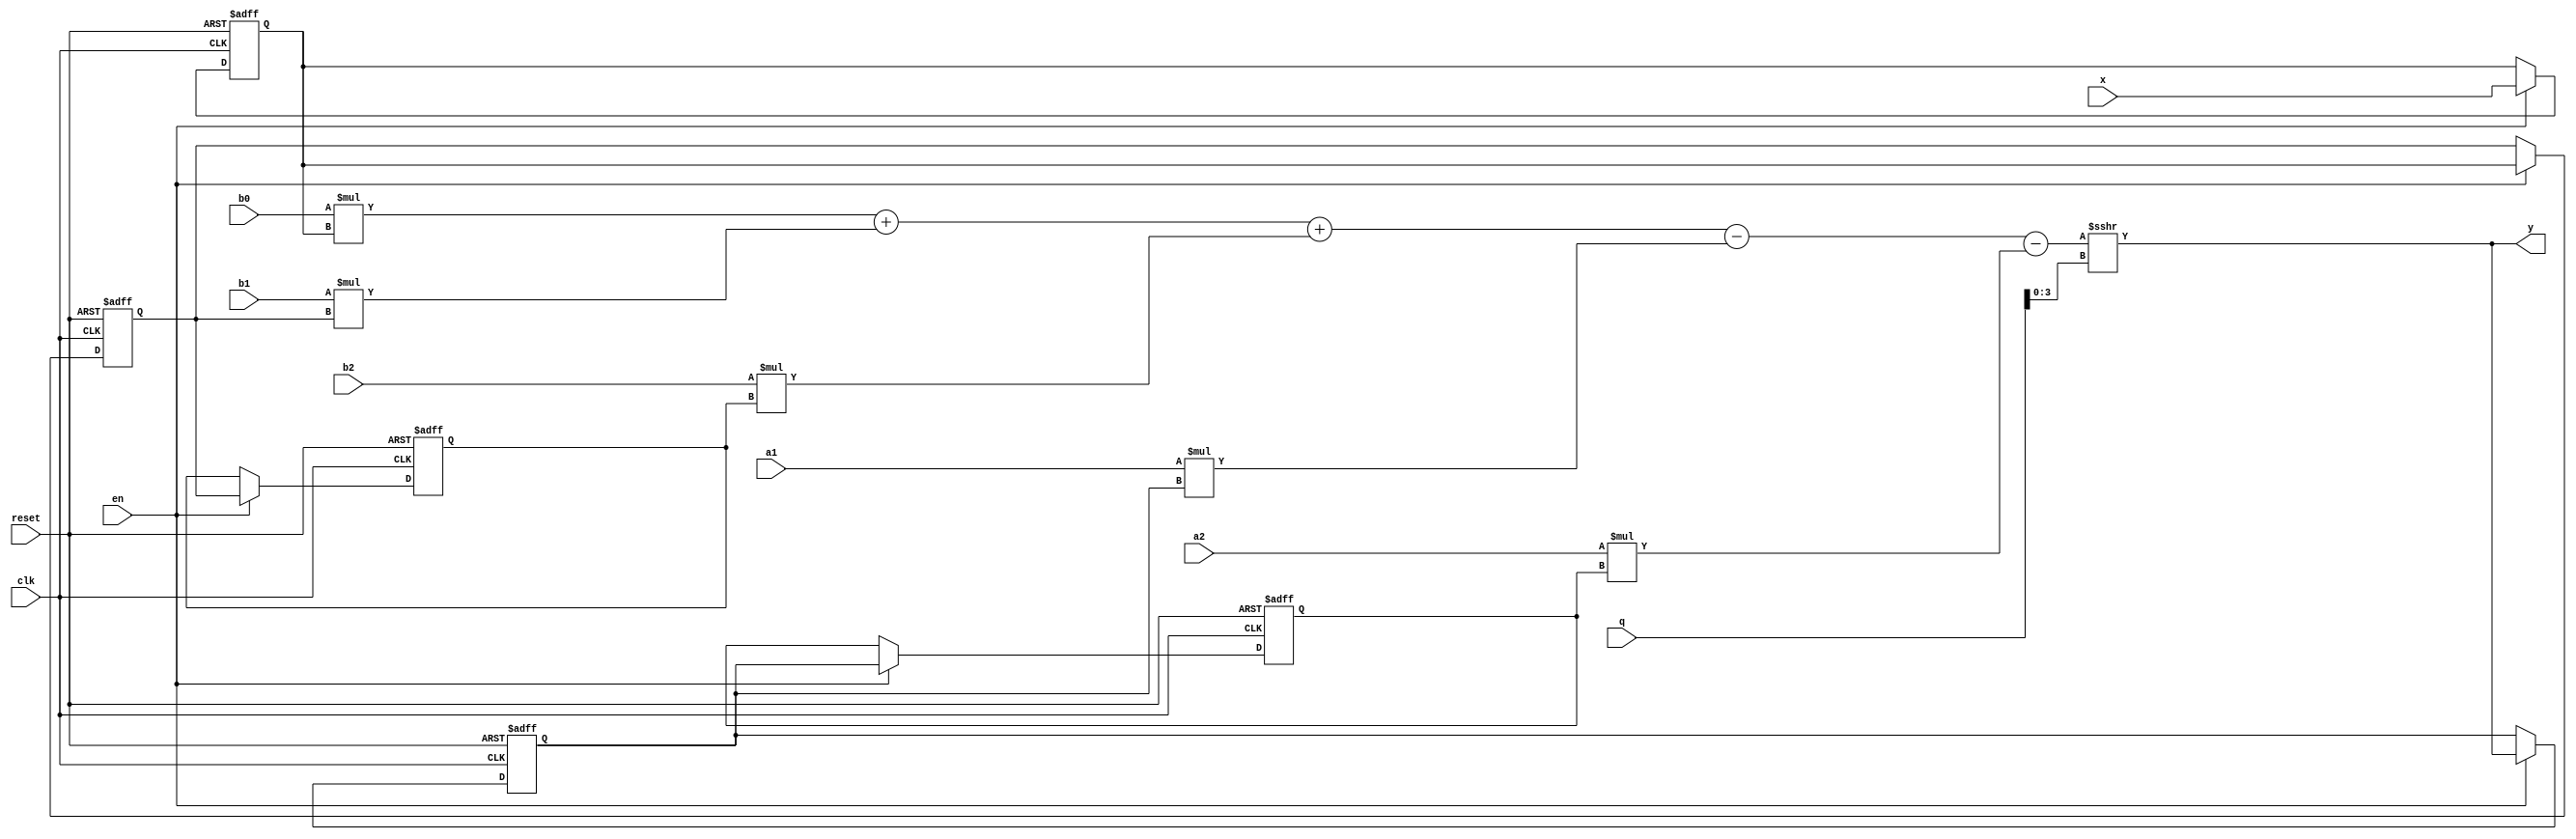
module biquad_filter #(
  parameter io_width = 16,
  parameter internal_width = io_width*2
  )(
  input wire clk,
  input wire reset,
  input wire en,

  input wire signed [io_width-1:0] b0,
  input wire signed [io_width-1:0] b1,
  input wire signed [io_width-1:0] b2,
  input wire signed [io_width-1:0] q,
  input wire signed [io_width-1:0] a1,
  input wire signed [io_width-1:0] a2,
  
  input wire signed [io_width-1:0] x,
  output wire signed [io_width-1:0] y
  );
  
  reg signed[io_width-1:0] xin;
  reg signed[io_width-1:0] x_n1, x_n2;
  reg signed[io_width-1:0] y_n1, y_n2;
  wire signed[internal_width-1:0] pb0, pb1, pb2;
  wire signed[internal_width-1:0] pa1, pa2;
 
  wire [5:0] l;
  //wire signed[15:0] pd_check0, pd_check1, pd_check2, pd_check3, pd_check4, pd_check5;
  
  assign pb0 = b0*xin;
  assign pb1 = b1*x_n1;
  assign pb2 = b2*x_n2;
  assign pa1 = a1*y_n1;
  assign pa2 = a2*y_n2;
 
 
  always @(posedge clk, posedge reset) begin
    if (reset)
      xin <= 0;
    else begin
		if (en) xin <= x;
	end
  end
  
  always @(posedge clk, posedge reset) begin
    if (reset)
      x_n1 <= 0;
    else begin
		if (en) x_n1 <= xin;
	end
  end
  
  always @(posedge clk, posedge reset) begin
    if (reset)
      x_n2 <= 0;
    else begin
		if (en) x_n2 <= x_n1;
	end
  end
  
  assign y = (pb0+pb1+pb2-pa1-pa2) >>> q[3:0] ;
  
  always @(posedge clk, posedge reset) begin
    if (reset)
      y_n1 <= 0;
    else begin
		if (en) y_n1 <= y;
	end
  end
  
  always @(posedge clk, posedge reset) begin
    if (reset)
      y_n2 <= 0;
    else begin
		if (en) y_n2 <= y_n1;
	end
  end
  
/*    `ifdef COCOTB_SIM
		initial begin
			$dumpfile ("biquad.vcd");
			$dumpvars(0);
			#1;
		end
  `endif
 */ 
endmodule